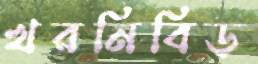
খরনিবিড়